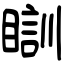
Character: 瞓